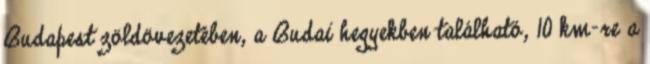
Budapest zöldövezetében, a Budai hegyekben található, 10 km-re a